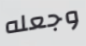
وجعله